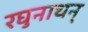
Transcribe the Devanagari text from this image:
रघुनाथन्